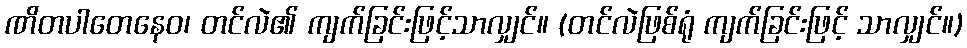
ဏိတပါတေနေဝ၊ တင်လဲ၏ ကျက်ခြင်းဖြင့်သာလျှင်။ (တင်လဲဖြစ်ရုံ ကျက်ခြင်းဖြင့် သာလျှင်။)